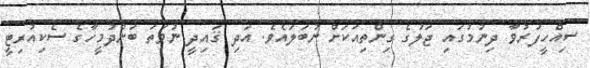
ސިއްހީފަރުވާ ދިނުމުގައި ޖަލުގެ ގިންތިއަކަށް ނުބަލައެވެ. އަދި ޤައިދީ ނުވަތަ ބަންދުމީހާގެ ސެކިއުރިޓީ